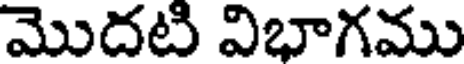
మొదటి విభాగము